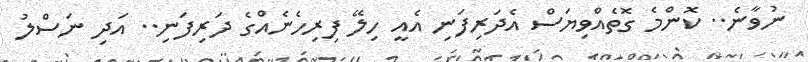
ނުވާނެ.. ކޮންމެ ގޮތެއްވިޔަސް އެދަރިފަނި އެއީ ހިލޭ ފިރިހެނެއްގެ ދަރިފަނި.. އަދި ނަސްލު